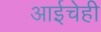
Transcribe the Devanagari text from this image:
आईचेही